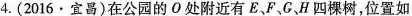
4.(2016\cdot 宜昌)在公园的О处附近有E、F、G、H四棵树，位置如